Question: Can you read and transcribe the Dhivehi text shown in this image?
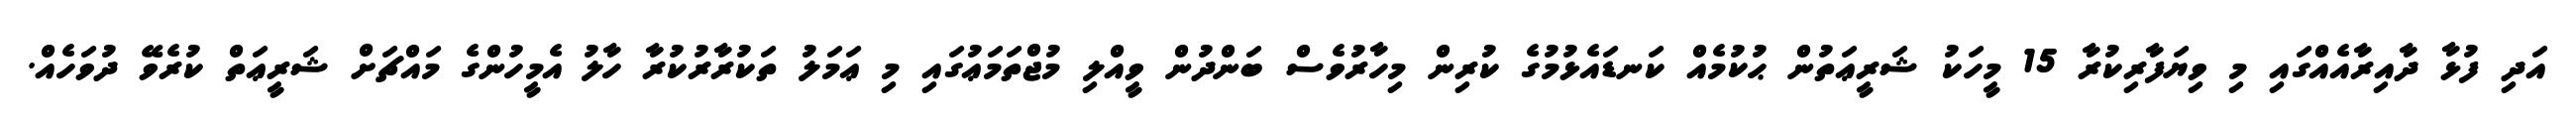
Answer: އަދި ފުޅާ ދާއިރާއެއްގައި މި ވިޔަފާރިކުރާ 15 މީހަކު ޝަރީޢަތުން ޙުކުމެއް ކަނޑައެޅުމުގެ ކުރިން މިހާރުވެސް ބަންދުން ވީއްލި މުޖްތަމަޢުގައި މި ޢަމަލު ތަކުރާރުކުރާ ހާލު އެމީހުންގެ މައްޗަށް ޝަރީޢަތް ކުރެވޭ ދުވަހެއް.